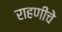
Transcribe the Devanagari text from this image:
राहणीचे